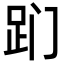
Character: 𬦢